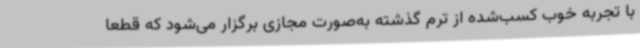
با تجربه خوب کسب‌شده از ترم گذشته به‌صورت مجازی برگزار می‌شود که قطعاً